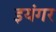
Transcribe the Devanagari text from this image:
इयंगर